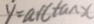
y = \arctan x